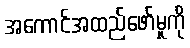
အကောင်အထည်ဖော်မှုကို